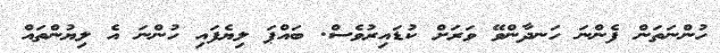
ހުންނަތަން ފެންނަ ހަނދާންވޭ ވަރަށް ކުޑައިރުވެސް. ބައްޕަ ލިޔެފައި ހުންނަ އެ ލިޔުންތައް